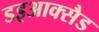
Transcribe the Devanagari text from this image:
डइआक्सैड